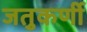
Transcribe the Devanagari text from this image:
जतुकर्णी